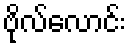
ဗိုလ်လောင်း